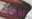
زوجات